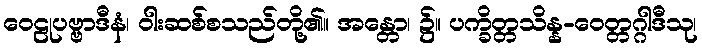
ဝေဠုပဗ္ဗာဒီနံ၊ ဝါးဆစ်စသည်တို့၏။ အန္တော၊ ၌။ ပက္ခိတ္တသိန္န-ဝေတ္တဂ္ဂါဒီသု၊